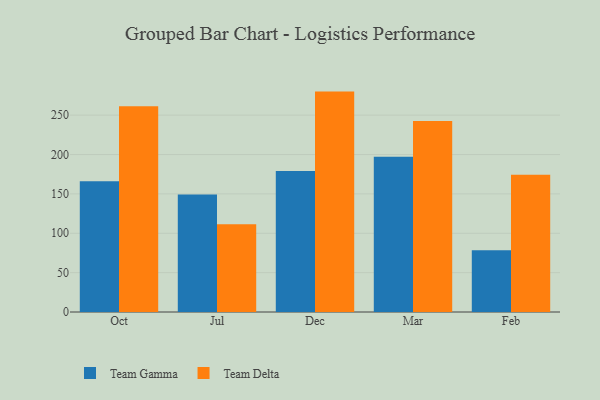
{"axis": {"x": "Month", "y": "Latency (ms)"}, "legend": ["Team Delta", "Team Gamma"], "data": [{"x": "Oct", "y": 166.1, "type": "Team Gamma"}, {"x": "Oct", "y": 261.4, "type": "Team Delta"}, {"x": "Jul", "y": 149.3, "type": "Team Gamma"}, {"x": "Jul", "y": 111.4, "type": "Team Delta"}, {"x": "Dec", "y": 179.0, "type": "Team Gamma"}, {"x": "Dec", "y": 279.9, "type": "Team Delta"}, {"x": "Mar", "y": 197.2, "type": "Team Gamma"}, {"x": "Mar", "y": 242.7, "type": "Team Delta"}, {"x": "Feb", "y": 78.4, "type": "Team Gamma"}, {"x": "Feb", "y": 174.4, "type": "Team Delta"}]}